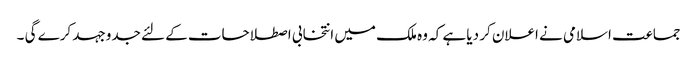
جماعت اسلامی نے اعلان کر دیا ہے کہ وہ ملک میں انتخابی اصطلاحات کے لئے جدوجہد کرے گی ۔